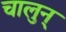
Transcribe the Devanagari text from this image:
चालुन्